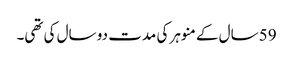
59 سال کے منوہر کی مدت دو سال کی تھی۔